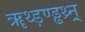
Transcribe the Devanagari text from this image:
ॠथ्ड़ण्ड्ढथ्र्न्र्